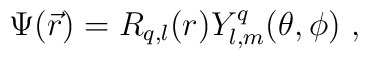
\Psi(\vec r)=R_{q,l}(r)Y_{l,m}^q(\theta,\phi) \ ,